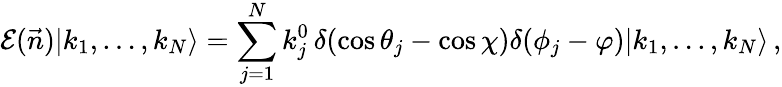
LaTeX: {\cal E}(\vec{n})|k_{1},\dots,k_{N}\rangle=\sum_{j=1}^{N}k_{j}^{0}\, \delta(\cos\theta_{j}-\cos\chi)\delta(\phi_{j}-\varphi)|k_{1},\dots,k_{N}\rangle\, ,